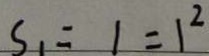
S _ { 1 } = 1 = 1 ^ { 2 }